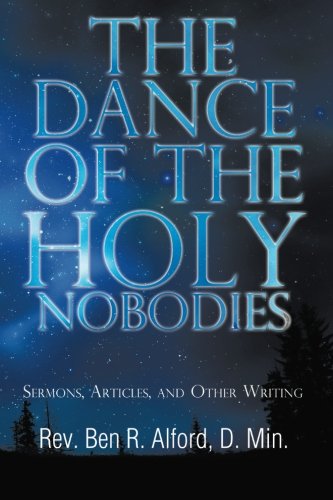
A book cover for The Dance of the Holy Nobodies: Sermons, Articles, and Other Writing; Ben R. Alford; Religion & Spirituality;